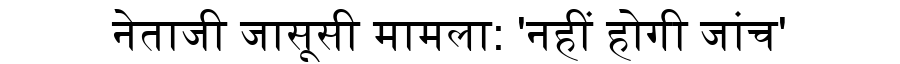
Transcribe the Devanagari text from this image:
नेताजी जासूसी मामला: 'नहीं होगी जांच'